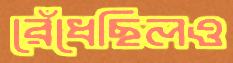
রেঁধেছিলও